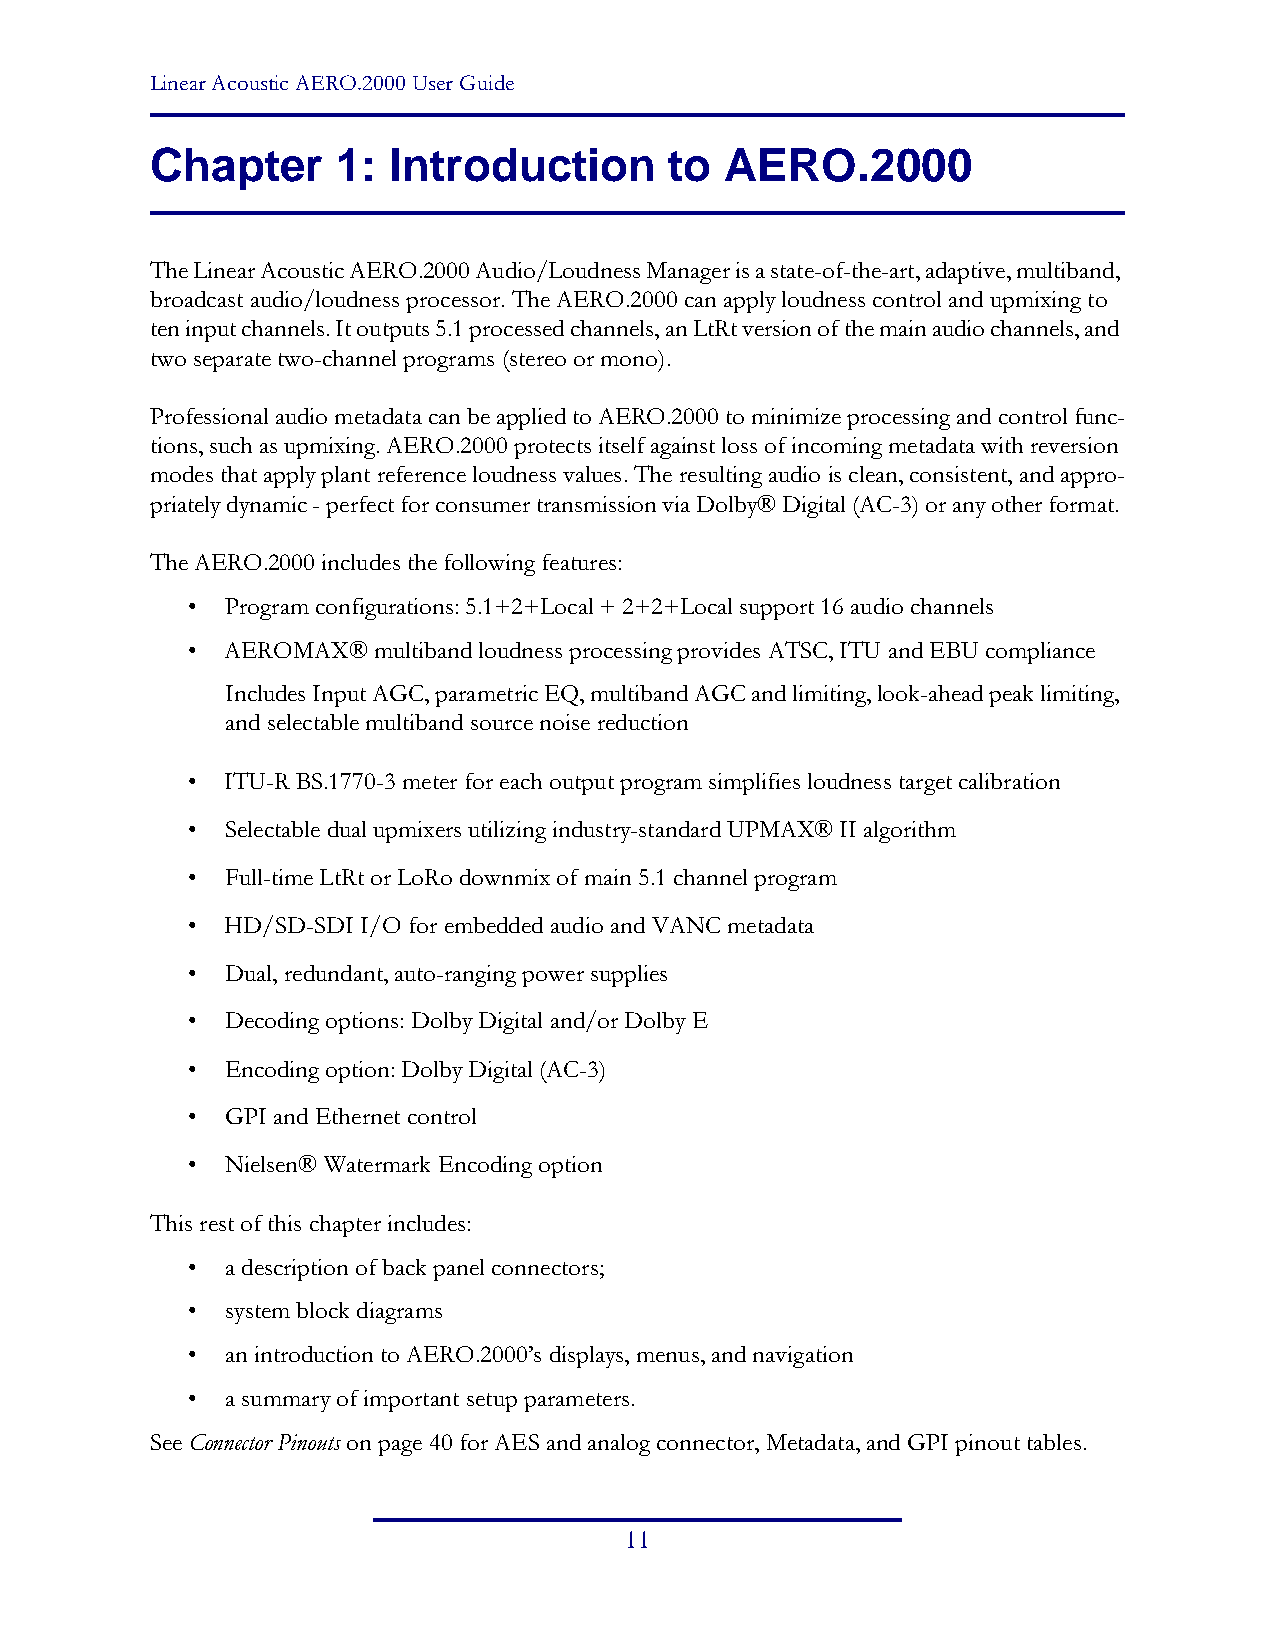
Linear Acoustic AERO.2000 User Guide
 Chapter     1:  Introduction      to  AERO.2000
 The Linear Acoustic AERO.2000 Audio/Loudness Manager is a state-of-the-art, adaptive, multiband,
 broadcast audio/loudness processor. The AERO.2000 can apply loudness control and upmixing to
 ten input channels. It outputs 5.1 processed channels, an LtRt version of the main audio channels, and
 two separate two-channel programs (stereo or mono).
 Professional audio metadata can be applied to AERO.2000 to minimize processing and control func-
 tions, such as upmixing. AERO.2000 protects itself against loss of incoming metadata with reversion
 modes that apply plant reference loudness values. The resulting audio is clean, consistent, and appro-
 priately dynamic - perfect for consumer transmission via Dolby® Digital (AC-3) or any other format.
 The AERO.2000 includes the following features:
 •  Program configurations: 5.1+2+Local + 2+2+Local support 16 audio channels
 •  AEROMAX®  multiband loudness processing provides ATSC, ITU and EBU compliance
 Includes Input AGC, parametric EQ, multiband AGC and limiting, look-ahead peak limiting,
 and selectable multiband source noise reduction
 •  ITU-R BS.1770-3 meter for each output program simplifies loudness target calibration
 •  Selectable dual upmixers utilizing industry-standard UPMAX® II algorithm
 •  Full-time LtRt or LoRo downmix of main 5.1 channel program
 •  HD/SD-SDI I/O for embedded audio and VANC metadata
 •  Dual, redundant, auto-ranging power supplies
 •  Decoding options: Dolby Digital and/or Dolby E
 •  Encoding option: Dolby Digital (AC-3)
 •  GPI and Ethernet control
 •  Nielsen® Watermark Encoding option
 This rest of this chapter includes:
 •  a description of back panel connectors;
 •  system block diagrams
 •  an introduction to AERO.2000’s displays, menus, and navigation
 •  a summary of important setup parameters.
 See Connector Pinouts on page40 for AES and analog connector, Metadata, and GPI pinout tables.
 11